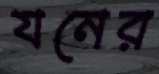
যনের